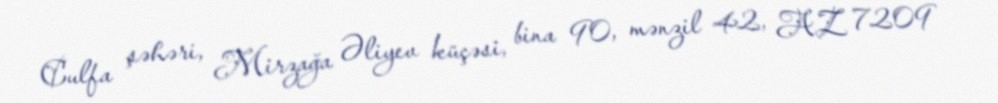
Culfa şəhəri, Mirzağa Əliyev küçəsi, bina 90, mənzil 42, AZ 7209